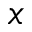
x